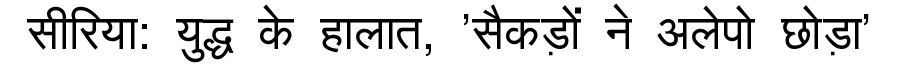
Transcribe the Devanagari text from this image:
सीरिया: युद्ध के हालात, 'सैकड़ों ने अलेपो छोड़ा'